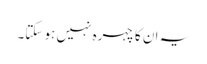
یہ ان کا چہرہ نہیں ہو سکتا۔